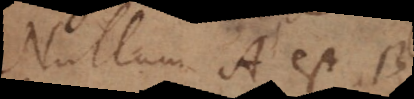
Nullum A est B